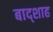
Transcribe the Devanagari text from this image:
बाद्शाह